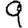
Digit: 9